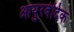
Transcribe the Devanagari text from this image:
आयुरवेदिक